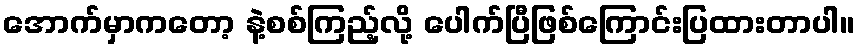
အောက်မှာကတော့ နဲ့စစ်ကြည့်လို့ ပေါက်ပြီဖြစ်ကြောင်းပြထားတာပါ။